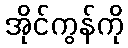
အိုင်ကွန်ကို